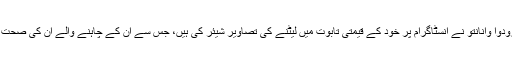
جنوبی افریقا کی میڈیا کی صنعت سے وابستہ زودوا وانانتو نے انسٹاگرام پر خود کے قیمتی تابوت میں لیٹنے کی تصاویر شیئر کی ہیں، جس سے اُن کے چاہنے والے اُن کی صحت کے حوالے سے غلط فہمی کا شکار بھی ہوئے۔